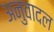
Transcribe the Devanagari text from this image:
अनुवादल